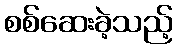
စစ်ဆေးခဲ့သည့်